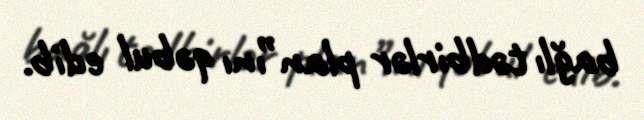
bağlı tədbirlər plan”ını qəbul edib.